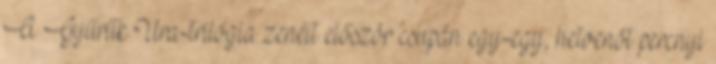
A Gyűrűk Ura-trilógia zenéit először csupán egy-egy, hetvenöt percnyi